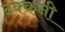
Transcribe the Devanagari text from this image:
दक्‍कनी